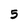
Character: 5